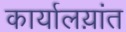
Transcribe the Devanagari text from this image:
कार्यालय़ांत